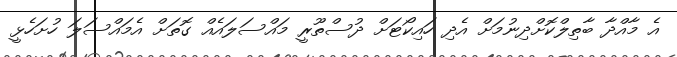
އެ މާއްދާ ބާތިލްކޮށްދިނުމަށް އެދި ހައިކޯޓަށް ދުސްތޫރީ މައްސަލައެއް ގޮތަށް އެމައްސަލަ ހުށަހެޅީ